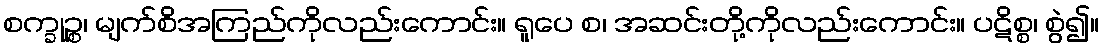
စက္ခုဉ္စ၊ မျက်စိအကြည်ကိုလည်းကောင်း။ ရူပေ စ၊ အဆင်းတို့ကိုလည်းကောင်း။ ပဋိစ္စ၊ စွဲ၍။